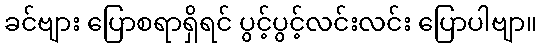
ခင်ဗျား ပြောစရာရှိရင် ပွင့်ပွင့်လင်းလင်း ပြောပါဗျာ။